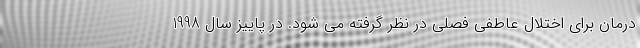
درمان برای اختلال عاطفی فصلی در نظر گرفته می شود. در پاییز سال 1998